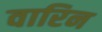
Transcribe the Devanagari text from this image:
वारिन